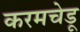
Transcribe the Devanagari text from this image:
करमचेडू